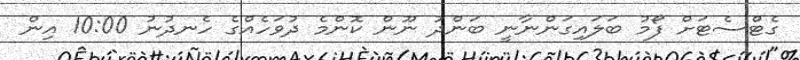
ގެޓްސެޓަށް ފޯމު ބަލައިގަންނާނީ ބަންދު ނޫން ކޮންމެ ދުވަހެއްގެ ހެނދުނު 10:00 އިން